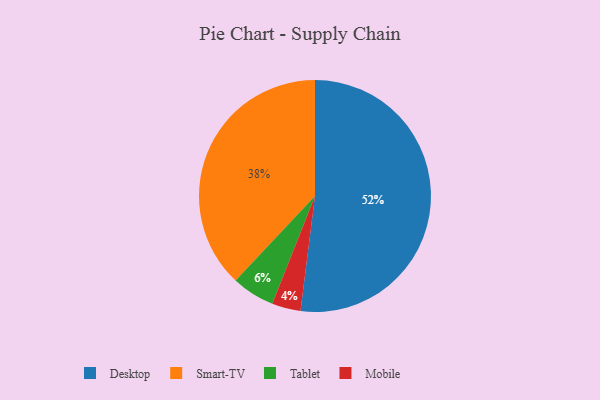
{"axis": {"x": "Category", "y": "Percentage"}, "legend": ["Desktop", "Mobile", "Smart-TV", "Tablet"], "data": [{"x": "Smart-TV", "y": 38, "type": "Smart-TV"}, {"x": "Mobile", "y": 4, "type": "Mobile"}, {"x": "Desktop", "y": 52, "type": "Desktop"}, {"x": "Tablet", "y": 6, "type": "Tablet"}]}